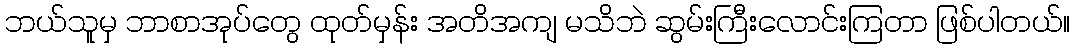
ဘယ်သူမှ ဘာစာအုပ်တွေ ထုတ်မှန်း အတိအကျ မသိဘဲ ဆွမ်းကြီးလောင်းကြတာ ဖြစ်ပါတယ်။